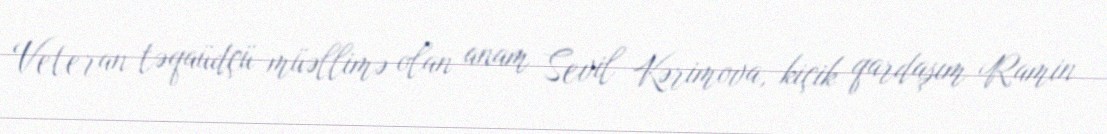
Veteran təqaüdçü müəllimə olan anam Sevil Kərimova, kiçik qardaşım Ramin